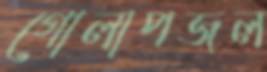
গোলাপজল